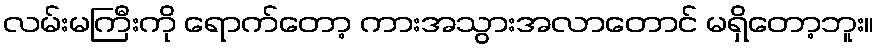
လမ်းမကြီးကို ရောက်တော့ ကားအသွားအလာတောင် မရှိတော့ဘူး။